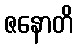
ဇနောတိ